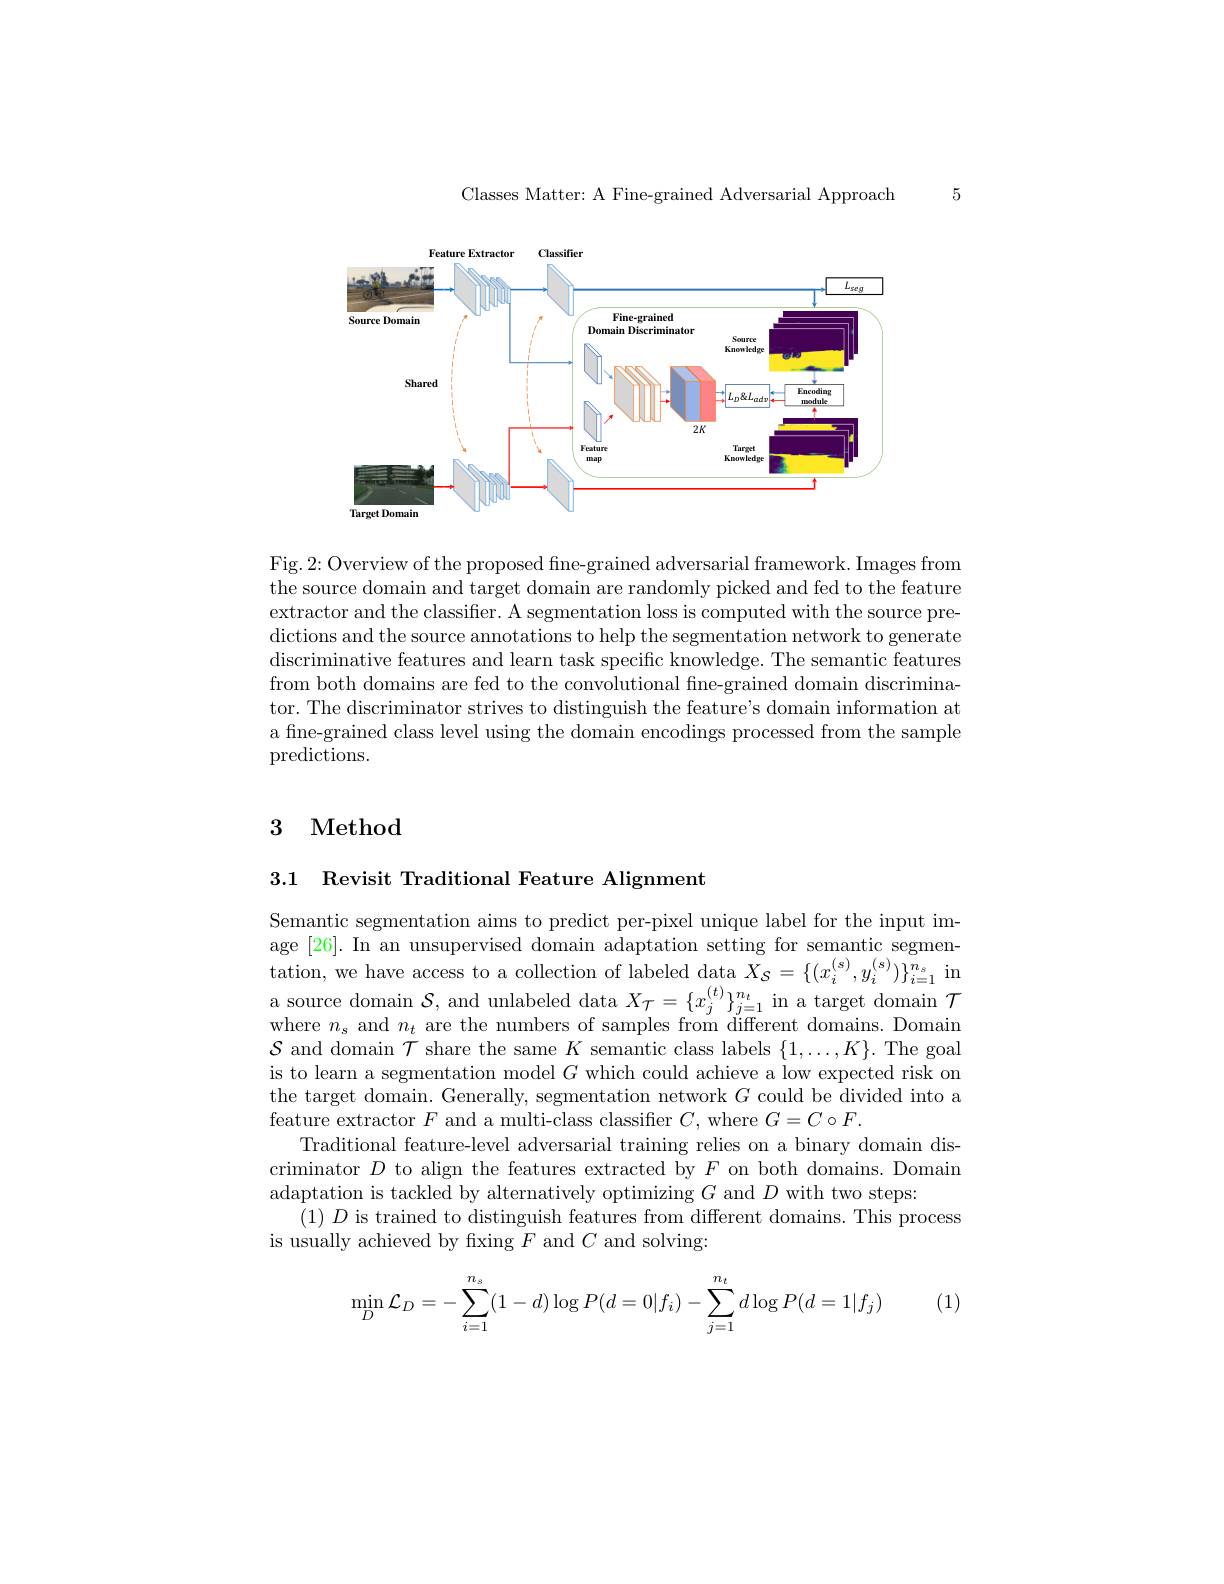
Classes Matter: A Fine-grained Adversarial Approach

5

<FigureHere>

Fig.2: Overview of the proposed fne-grained adversarial framework. Images from the source domain and target domain are randomly picked and fed to the feature extractor and the classifier. A segmentation loss is computed with the source predictions and the source annotations to help the segmentation network to generate discriminative features and learn task specific knowledge. The semantic features from both domains are fed to the convolutional fine-grained domain discriminator. The discriminator strives to distinguish the feature's domain information at a fine-grained class level using the domain encodings processed from the sample predictions.

# 3 Method

3.1 Revisit Traditional Feature Alignment

Semantic segmentation aims to predict per-pixel unique label for the input image [26]. In an unsupervised domain adaptation setting for semantic segmen-
source domain $\mathcal{S}$, and unlabeled data $X_\mathcal{T}=\{x_j^{(t)}\}_{j=1}^{n_t}$ in a target domain $\mathcal{T}$ where $n_s$ and $n_t$ are the numbers of samples from different domains. Domain $\mathcal{S}$ and domain $\mathcal{T}$ share the same $K$ semantic class labels $\{1,\ldots,K\}.$ The goal is to learn a segmentation model $G$ which could achieve a low expected risk on the target domain. Generally, segmentation network $G$ could be divided into a feature extractor $F$ and a multi-class classiffer $C$,where $G=C\circ F.$
Traditional feature-level adversarial training relies on a binary domain discriminator $D$ to align the features extracted by $F$ on both domains. Domain adaptation is tackled by alternatively optimizing $G$ and $D$ with two steps:
$(1)D$ is trained to distinguish features from different domains. This process
is usually achieved by fixing $F$ and $C$ and solving:
$$\min\limits_{D}\mathcal{L}_D=-\sum\limits_{i=1}^{n_s}(1-d)\log P(d=0|f_i)-\sum\limits_{j=1}^{n_t}d\log P(d=1|f_j)$$
(1)